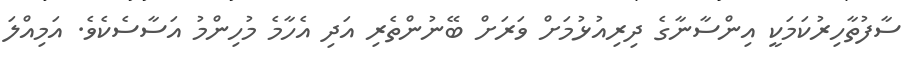
ސާފުތާހިރުކަމަކީ އިންސާނާގެ ދިރިއުޅުމަށް ވަރަށް ބޭނުންތެރި އަދި އެހާމެ މުހިންމު އަސާސެކެވެ. އަމިއްލަ